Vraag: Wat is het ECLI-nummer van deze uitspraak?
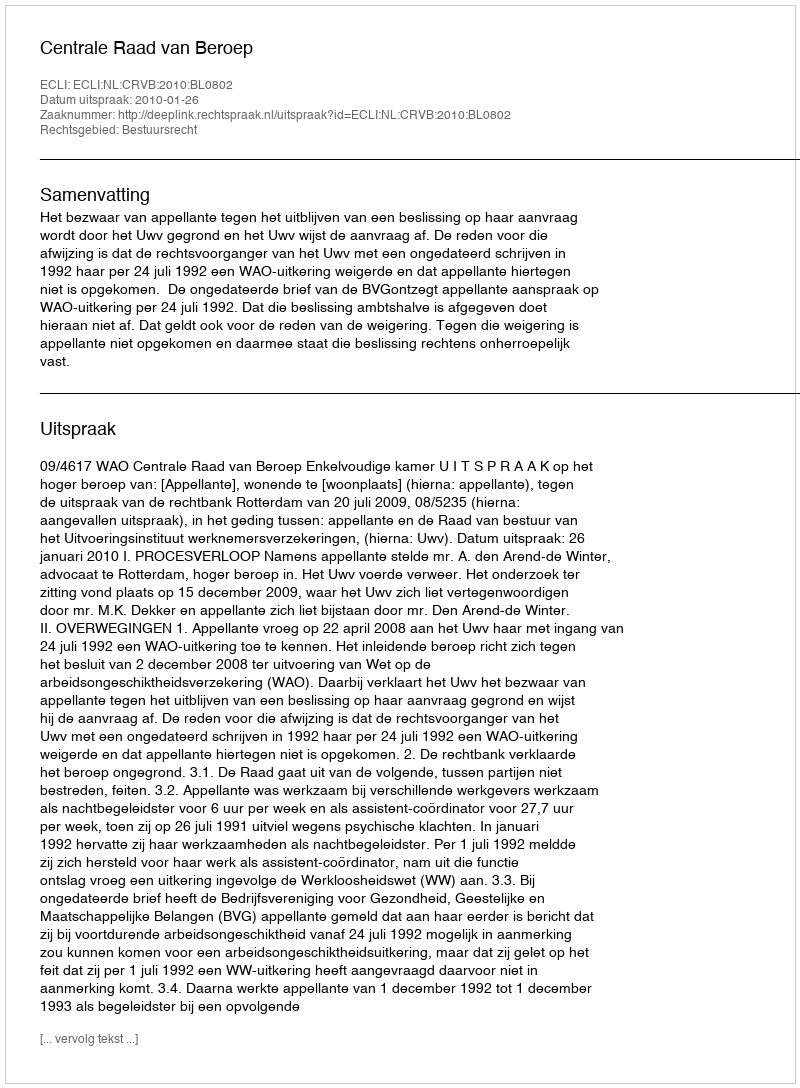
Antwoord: ECLI:NL:CRVB:2010:BL0802